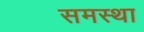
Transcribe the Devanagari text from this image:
समस्था